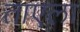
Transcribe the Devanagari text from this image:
ताएला